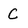
Character: C